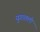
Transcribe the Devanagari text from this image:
युगातली